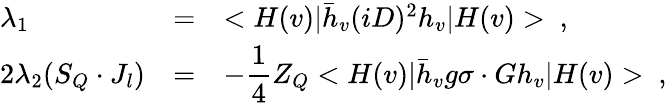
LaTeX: \begin{array}{lll}{{\lambda_{1}}}&{{=}}&{{<H(v)|\bar{h}_{v}(iD)^{2}h_{v}|H(v)>~,}}\\ {{2\lambda_{2}(S_{Q}\cdot J_{l})}}&{{=}}&{{\displaystyle-\frac{1}{4}Z_{Q}<H(v)|\bar{h}_{v}g\sigma\cdot Gh_{v}|H(v)>~,}}\end{array}